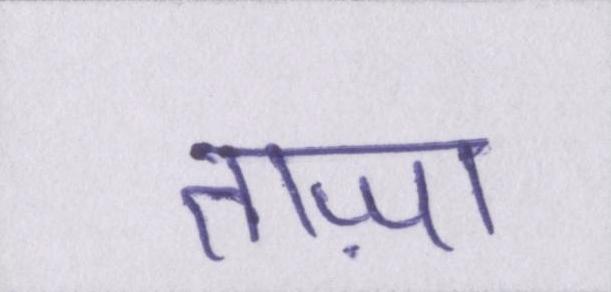
ताज़ा